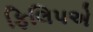
ફિલિપએ